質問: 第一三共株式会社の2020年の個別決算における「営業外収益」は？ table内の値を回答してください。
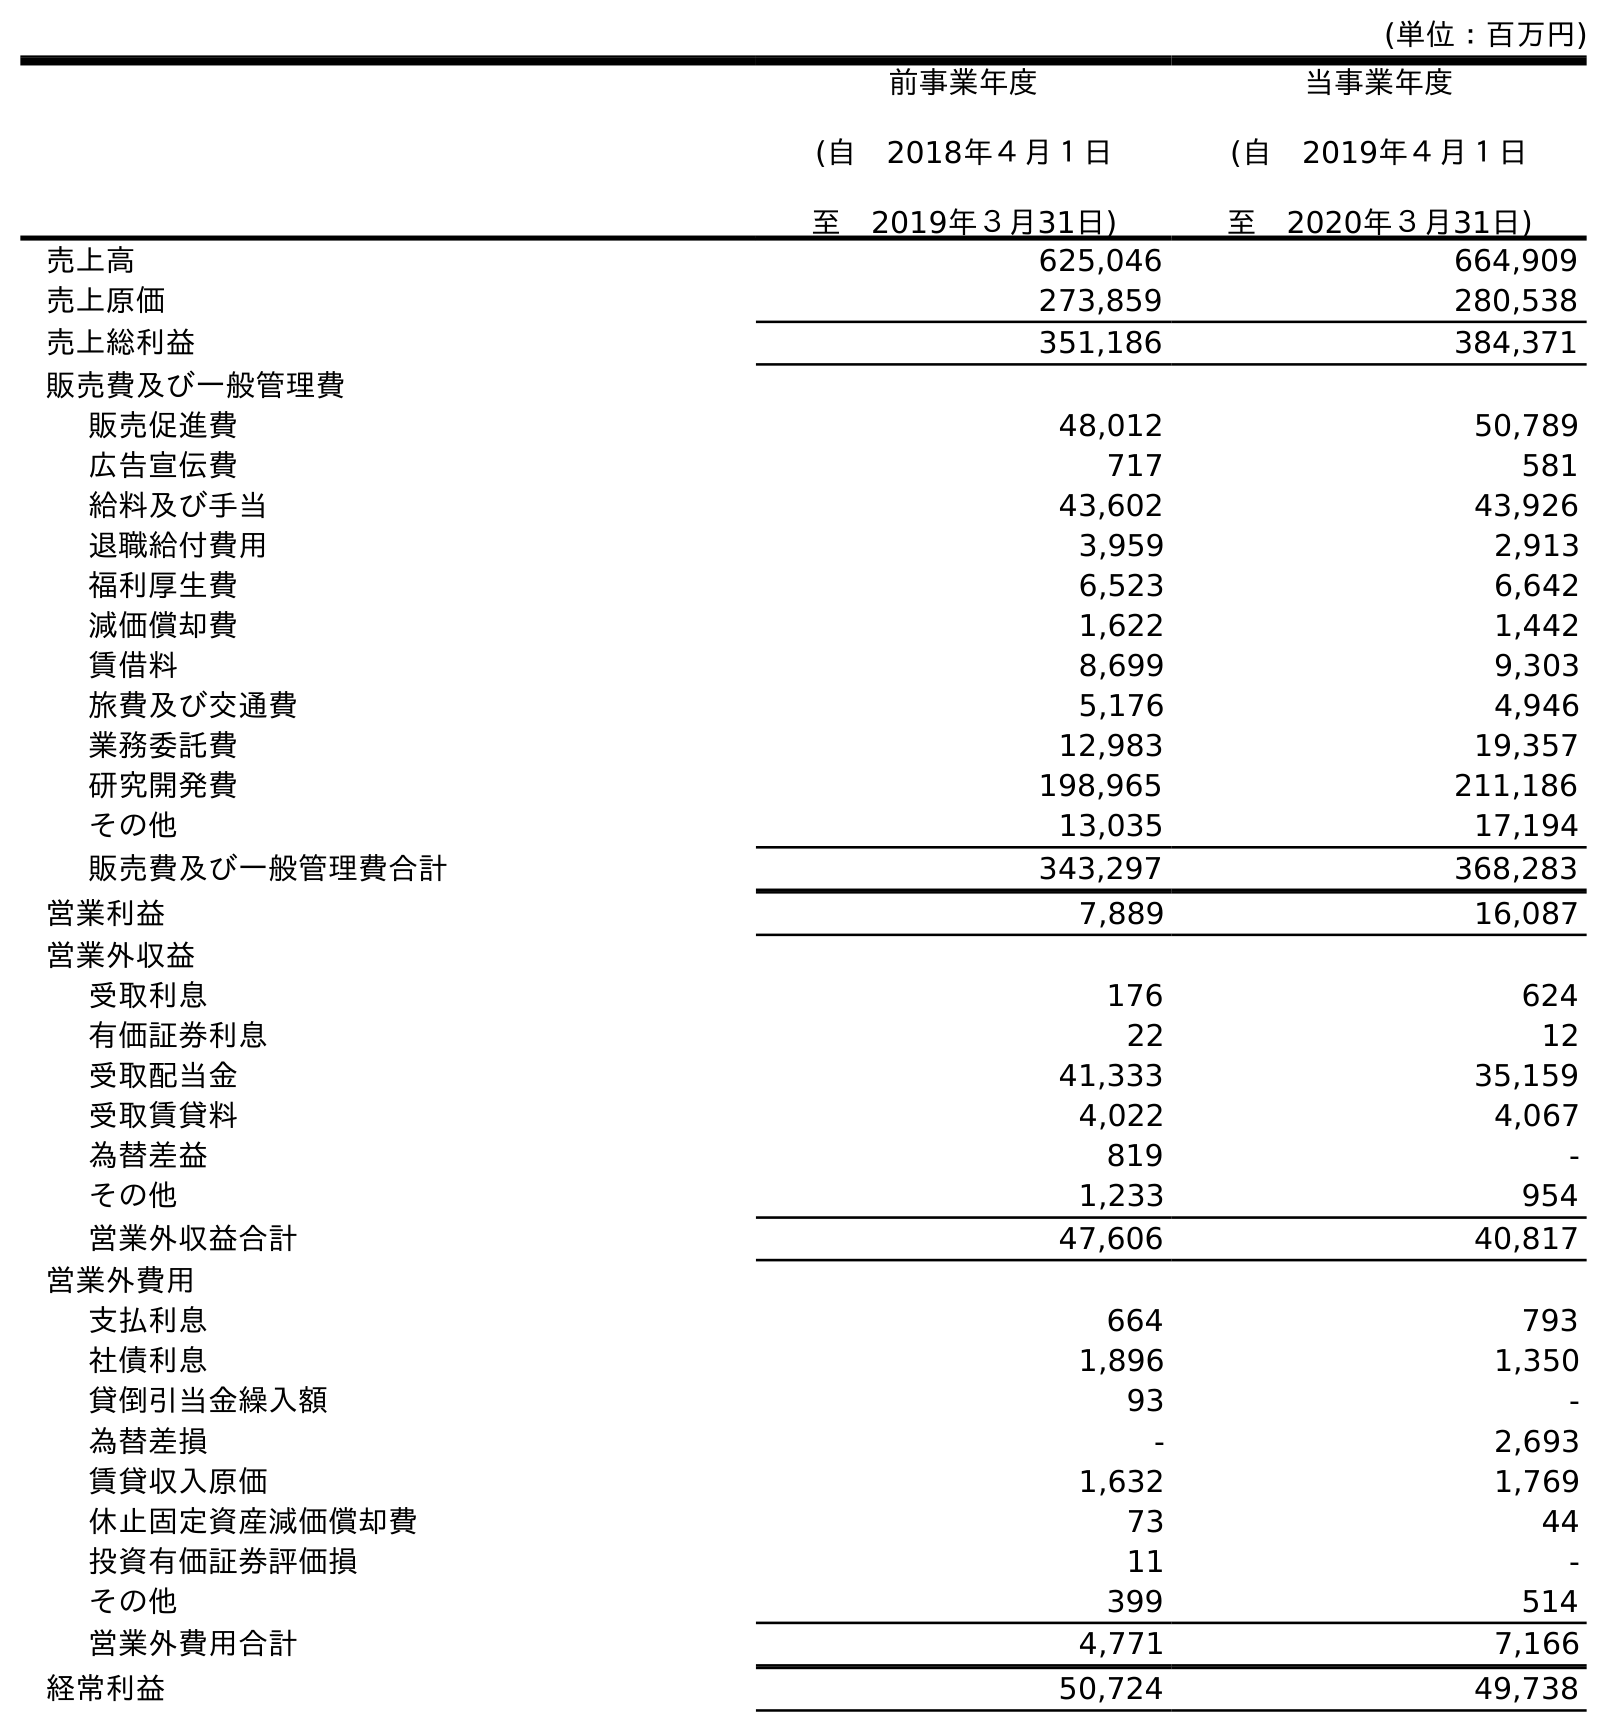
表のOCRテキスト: (単位：百万円) 前事業年度 (自 2018年４月１日 至 2019年３月31日) 当事業年度 (自 2019年４月１日 至 2020年３月31日) 売上高 625,046 664,909 売上原価 273,859 280,538 売上総利益 351,186 384,371 販売費及び一般管理費 販売促進費 48,012 50,789 広告宣伝費 717 581 給料及び手当 43,602 43,926 退職給付費用 3,959 2,913 福利厚生費 6,523 6,642 減価償却費 1,622 1,442 賃借料 8,699 9,303 旅費及び交通費 5,176 4,946 業務委託費 12,983 19,357 研究開発費 198,965 211,186 その他 13,035 17,194 販売費及び一般管理費合計 343,297 368,283 営業利益 7,889 16,087 営業外収益 受取利息 176 624 有価証券利息 22 12 受取配当金 41,333 35,159 受取賃貸料 4,022 4,067 為替差益 819 - その他 1,233 954 営業外収益合計 47,606 40,817 営業外費用 支払利息 664 793 社債利息 1,896 1,350 貸倒引当金繰入額 93 - 為替差損 - 2,693 賃貸収入原価 1,632 1,769 休止固定資産減価償却費 73 44 投資有価証券評価損 11 - その他 399 514 営業外費用合計 4,771 7,166 経常利益 50,724 49,738
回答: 40,817